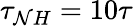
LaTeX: \tau_{\mathcal{N}H}=10\tau